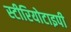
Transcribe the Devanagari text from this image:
स्‍टीरियोटाइपी